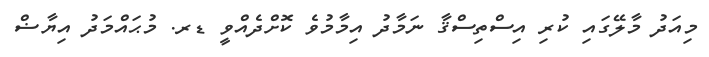
މިއަދު މާލޭގައި ކުރި އިސްތިސްޤާ ނަމާދު އިމާމުވެ ކޮށްދެއްވީ ޑރ. މުޙައްމަދު އިޔާޟް